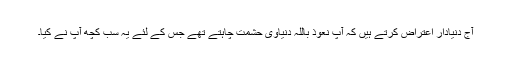
آج دنیادار اعتراض کرتے ہیں کہ آپؐ نعوذ باللہ دنیاوی حشمت چاہتے تھے جس کے لئے یہ سب کچھ آپؐ نے کیا۔